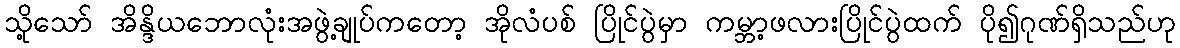
သို့သော် အိန္ဒိယဘောလုံးအဖွဲ့ချုပ်ကတော့ အိုလံပစ် ပြိုင်ပွဲမှာ ကမ္ဘာ့ဖလားပြိုင်ပွဲထက် ပို၍ဂုဏ်ရှိသည်ဟု